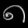
Digit: ၈